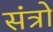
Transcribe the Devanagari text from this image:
संत्रो